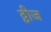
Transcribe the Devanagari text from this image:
द्वीज